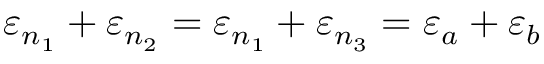
\varepsilon _ { n _ { 1 } } + \varepsilon _ { n _ { 2 } } = \varepsilon _ { n _ { 1 } } + \varepsilon _ { n _ { 3 } } = \varepsilon _ { a } + \varepsilon _ { b }